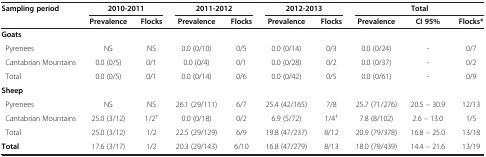
<table><thead><tr><td><b>Sampling period</b></td><td colspan="2"><b>2010-2011</b></td><td colspan="2"><b>2011-2012</b></td><td colspan="2"><b>2012-2013</b></td><td colspan="3"><b>Total</b></td></tr><tr><td><b> </b></td><td><b>Prevalence</b></td><td><b>Flocks</b></td><td><b>Prevalence</b></td><td><b>Flocks</b></td><td><b>Prevalence</b></td><td><b>Flocks</b></td><td><b>Prevalence</b></td><td><b>CI 95%</b></td><td><b>Flocks*</b></td></tr></thead><tbody><tr><td><b>Goats</b></td><td> </td><td> </td><td> </td><td> </td><td> </td><td> </td><td> </td><td> </td><td> </td></tr><tr><td> Pyrenees</td><td>NS</td><td>NS</td><td>0.0 (0/10)</td><td>0/5</td><td>0.0 (0/14)</td><td>0/3</td><td>0.0 (0/24)</td><td>-</td><td>0/7</td></tr><tr><td> Cantabrian Mountains</td><td>0.0 (0/5)</td><td>0/1</td><td>0.0 (0/4)</td><td>0/1</td><td>0.0 (0/28)</td><td>0/2</td><td>0.0 (0/37)</td><td>-</td><td>0/2</td></tr><tr><td> Total</td><td>0.0 (0/5)</td><td>0/1</td><td>0.0 (0/14)</td><td>0/6</td><td>0.0 (0/42)</td><td>0/5</td><td>0.0 (0/61)</td><td>-</td><td>0/9</td></tr><tr><td><b>Sheep</b></td><td> </td><td> </td><td> </td><td> </td><td> </td><td> </td><td> </td><td> </td><td> </td></tr><tr><td> Pyrenees</td><td>NS</td><td>NS</td><td>26.1 (29/111)</td><td>6/7</td><td>25.4 (42/165)</td><td>7/8</td><td>25.7 (71/276)</td><td>20.5 – 30.9</td><td>12/13</td></tr><tr><td> Cantabrian Mountains</td><td>25.0 (3/12)</td><td>1/2<sup>†</sup></td><td>0.0 (0/18)</td><td>0/2</td><td>6.9 (5/72)</td><td>1/4<sup>†</sup></td><td>7.8 (8/102)</td><td>2.6 – 13.0</td><td>1/5</td></tr><tr><td> Total</td><td>25.0 (3/12)</td><td>1/2</td><td>22.5 (29/129)</td><td>6/9</td><td>19.8 (47/237)</td><td>8/12</td><td>20.9 (79/378)</td><td>16.8 – 25.0</td><td>13/18</td></tr><tr><td><b>Total</b></td><td>17.6 (3/17)</td><td>1/2</td><td>20.3 (29/143)</td><td>6/10</td><td>16.8 (47/279)</td><td>8/13</td><td>18.0 (79/439)</td><td>14.4 – 21.6</td><td>13/19</td></tr></tbody></table>